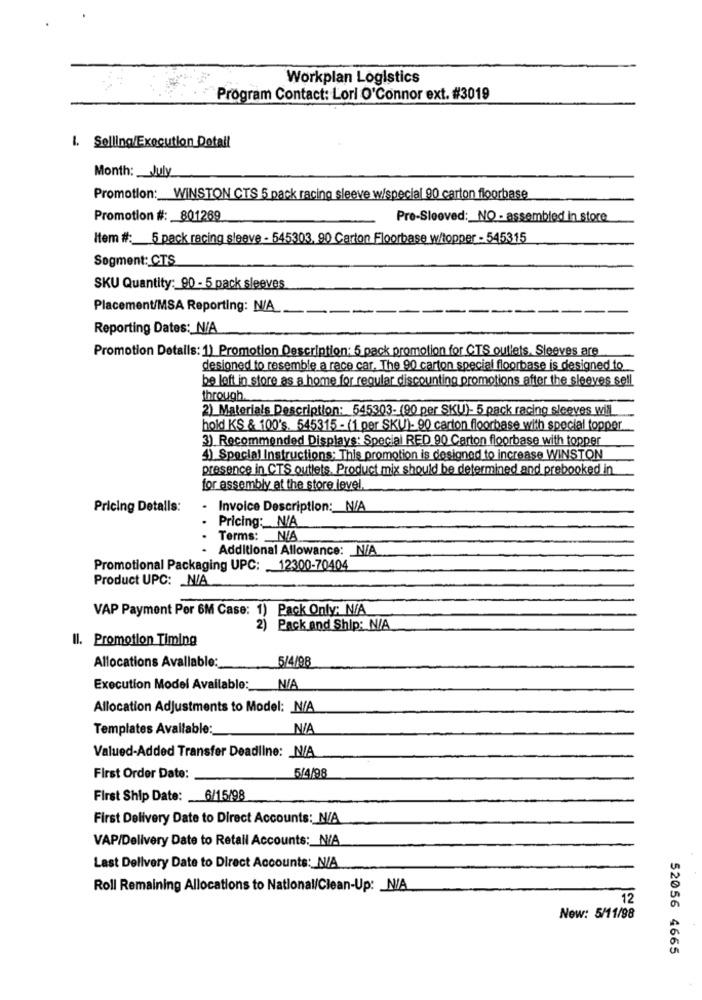
Workplan Logistics
Program Contact: Lorl O'Connor ext. #3019
1. Selling/Execution Dotall
Month: __ July
Promotion: WINSTON CTS 5 pack racing sleeve w/special 90 carton floorbase
Promotion #: 801269
Pro-Sleeved: NO - assembled in store
Item #: 5 pack racing sleeve - 545303, 90 Carton Floorbase w/topper - 545315
Sogment: CTS
SKU Quantity: 90 - 5 pack sleeves
Placement/MSA Reporting: N/A-
Reporting Dates: N/A
Promotion Details: 1) Promotion Description: 5 pack promotion for CTS outlets, Sleeves are
desioned to resemble a race car. The 90 carton special floorbase is designed to
be left in store as a home for regular discounting promotions after the sleeves sell
through.
2) Materials Description: 545303- (90 per SKU)- 5 pack racing sleeves will
hold KS & 100's. 545315 - (1 per SKU)- 90 carton floorbase with special topper
3) Recommended Displays: Special RED 90 Carton floorbase with topper
4) Special Instructions: This promotion is designed to increase WINSTON
presence in CTS outlets. Product mix should be determined and prebooked in
for assembly at the store level
Pricing Detalls:
Invoice Description :_ N/A
Pricing: N/A
Terms: N/A
Additional Allowance: N/A
Promotional Packaging UPC: 12300-70404
Product UPC: N/A
VAP Payment Per 6M Case: 1) Pack Only: N/A
2) Pack and Ship: N/A
Il. Promotion Timing
5/4/98
Allocations Avallable:
Execution Model Available:
Allocation Adjustments to Model: N/A
Templates Available:
Valued-Added Transfer Deadline: _ N/A
5/4/98
First Order Date:
First Ship Date: 6/15/98
First Delivery Date to Direct Accounts: N/A
VAP/Delivery Date to Retall Accounts :_ N/A
Last Delivery Date to Direct Accounts: N/A
Roll Remaining Allocations to National/Clean-Up: _ N/A
12
New: 5/11/98
52056 4665